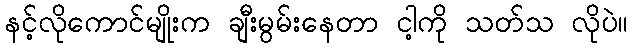
နင့်လိုကောင်မျိုးက ချီးမွမ်းနေတာ ငါ့ကို သတ်သ လိုပဲ။